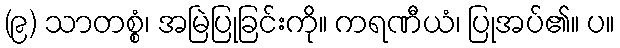
(၉) သာတစ္စံ၊ အမြဲပြုခြင်းကို။ ကရဏီယံ၊ ပြုအပ်၏။ ပ။